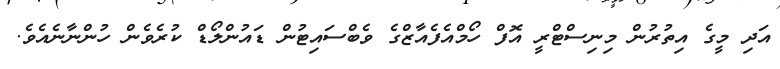
އަދި މީގެ އިތުރުން މިނިސްޓްރީ އޮފް ހޯމްއެފެއާޒްގެ ވެބްސައިޓުން ޑައުންލޯޑް ކުރެވެން ހުންނާނެއެވެ.